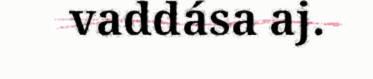
vaddása aj.